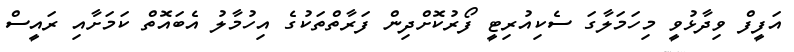
އަފީފް ވިދާޅުވީ މިހަމަލާގަ ސެކިއުރިޓީ ފޯރުކޮށްދިން ފަރާތްތަކުގެ އިހުމާލު އެބައޮތް ކަމަށާއި ރައީސް